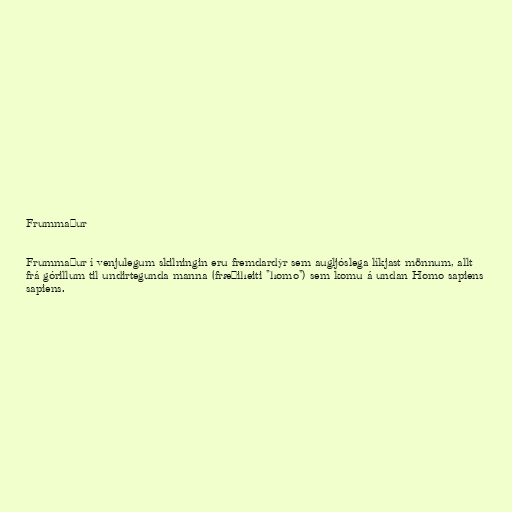
Frummaður

Frummaður í venjulegum skilningin eru fremdardýr sem augljóslega líkjast mönnum, allt
frá górillum til undirtegunda manna (fræðiheiti "homo") sem komu á undan Homo sapiens
sapiens.